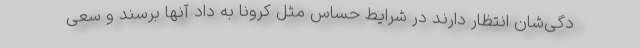
دگی‌شان انتظار دارند در شرایط حساس مثل کرونا به داد آنها برسند و سعی